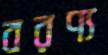
বরণ্য